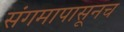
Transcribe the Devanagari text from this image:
संगमापासूनच